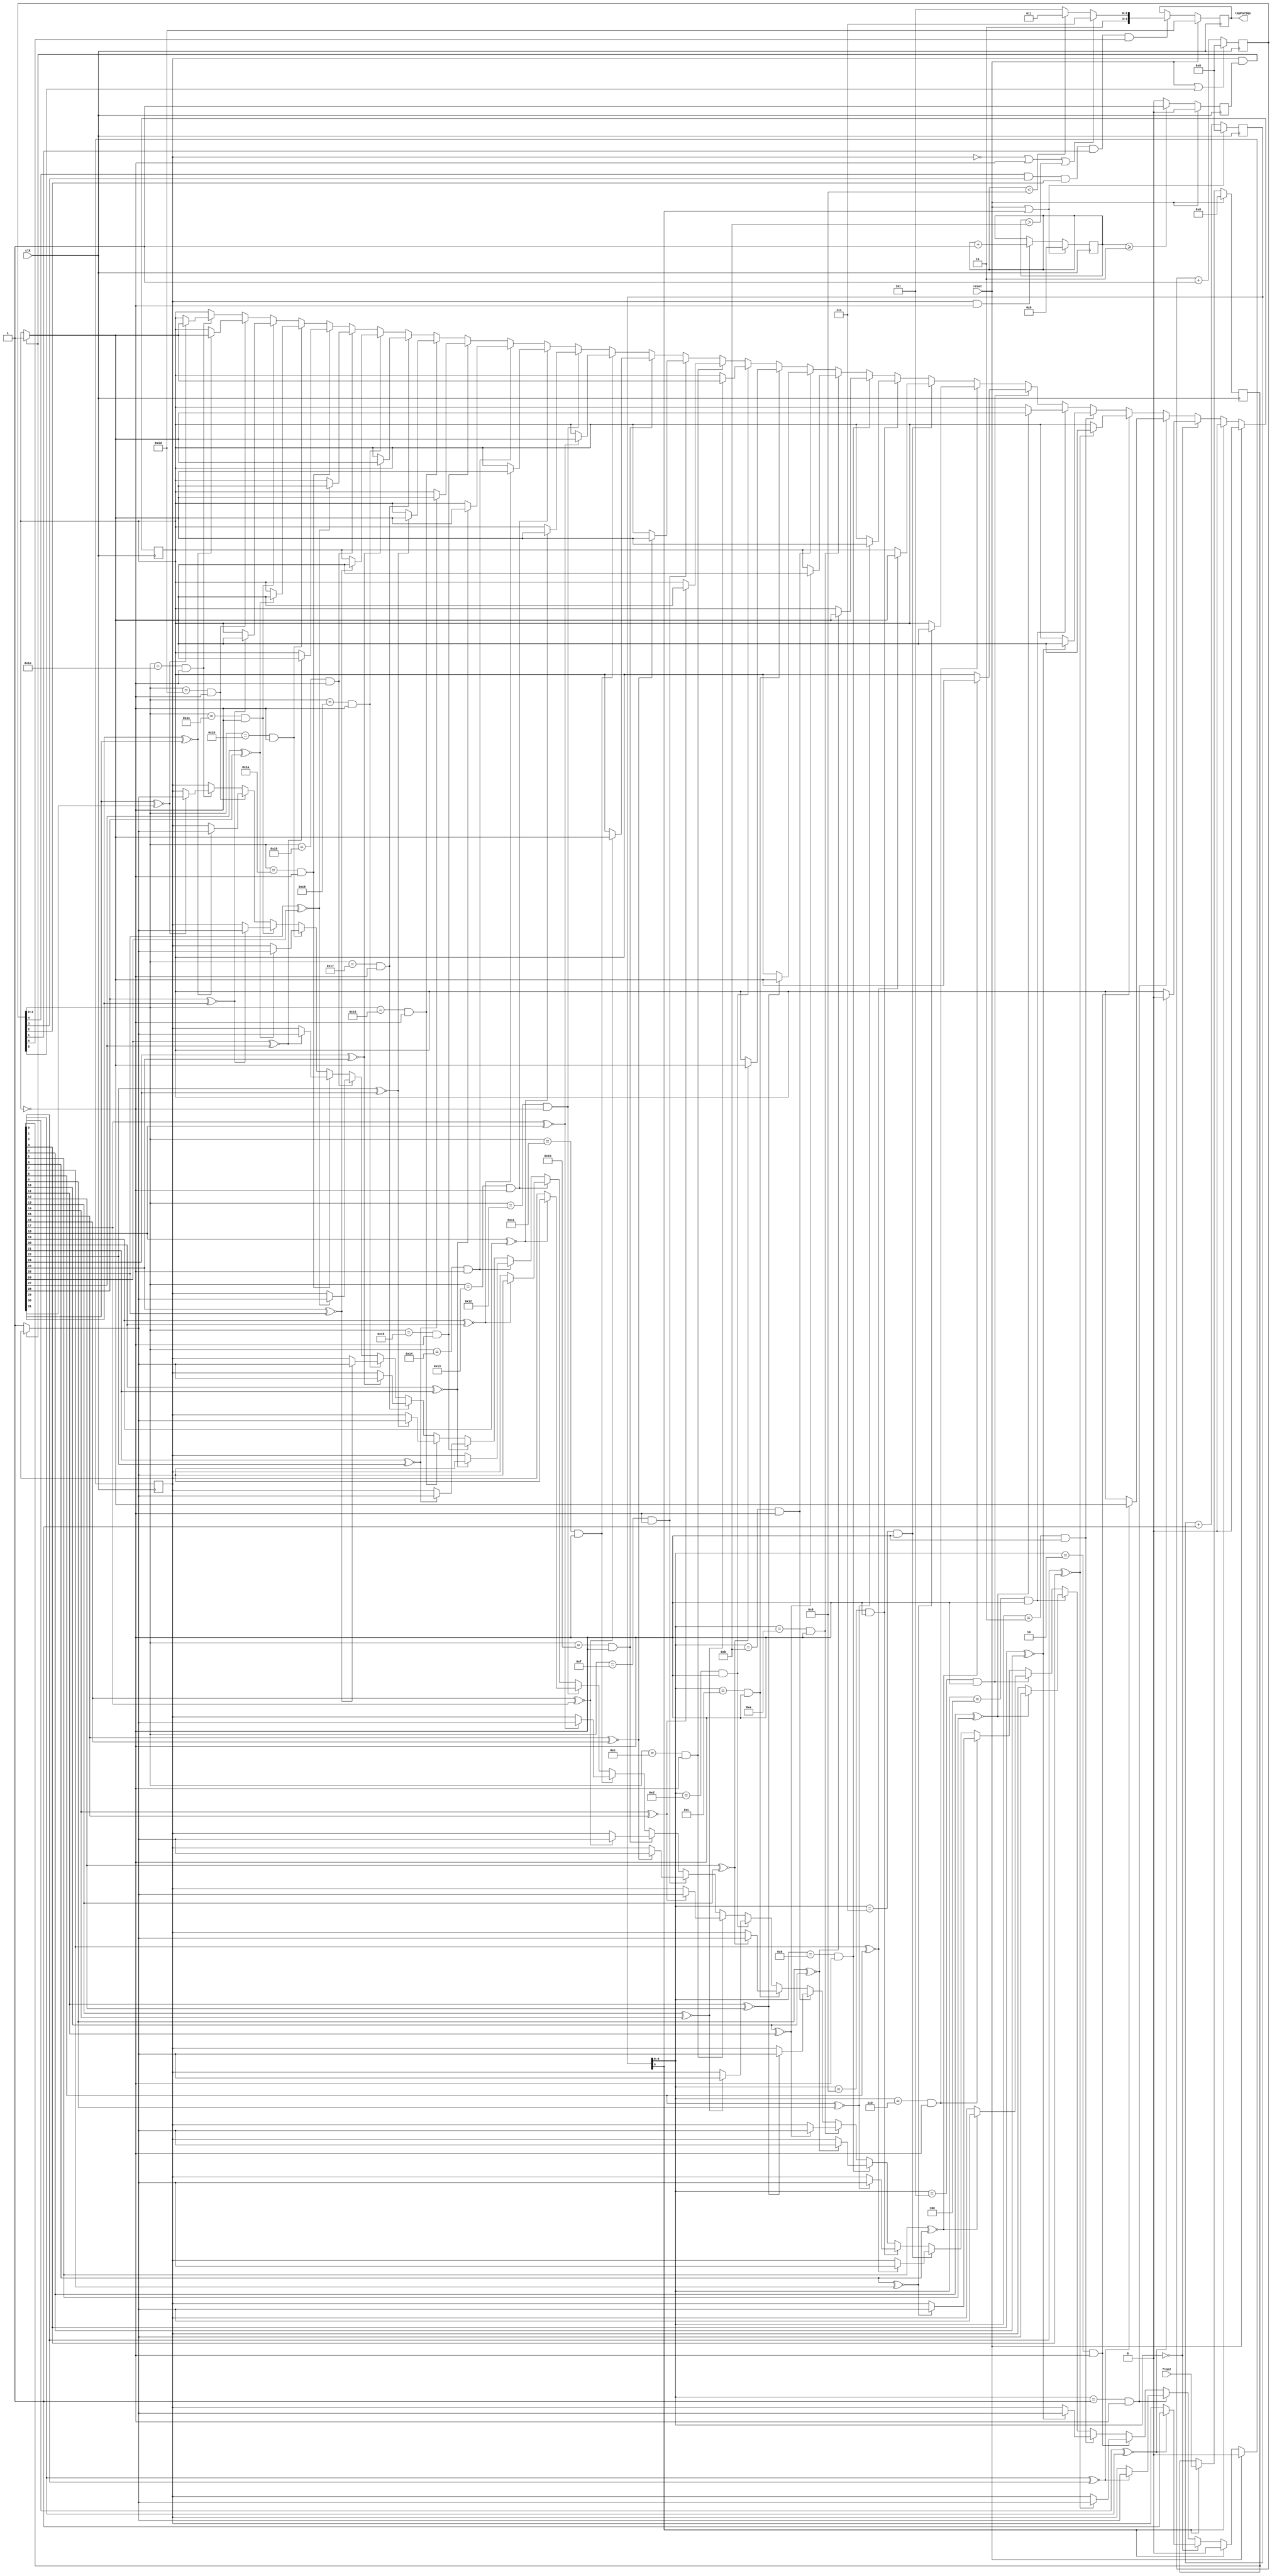
`resetall
`timescale 1ns/10ps
  
`define tap1 5'b01111
`define tap2 5'b10111
`define tap3 5'b11011
`define tap4 5'b11101
`define tap5 5'b11110
`define tap6 5'b11111

`define defaultTap `tap4
  
  module cal_ctl(flop2,clk,reset,tapForDqs);
   
   input   	     clk;
   input 	     reset;
   input [31:0]      flop2;
 
   
   output [4:0]      tapForDqs/* synthesis syn_keep=1 */;
   
   reg [5:0] 	     cnt/* synthesis syn_keep=1 */; /* synthesis syn_preserve=1 */ /* synthesis syn_noprune=1 */
   reg [5:0] 	     cnt1/* synthesis syn_keep=1 */; /* synthesis syn_preserve=1 */ /* synthesis syn_noprune=1 */

   reg 		     trans_oneDtct/* synthesis syn_keep=1 */; 
   reg 		     trans_twoDtct/* synthesis syn_keep=1 */; 
   
   reg  [4:0]	     phase_cnt/* synthesis syn_keep=1 */;		

   reg [4:0] 	     tapForDqs/* synthesis syn_keep=1 */;
   
 

   reg 	[31:0]	tap_dly_reg/* synthesis syn_keep=1 */;	

   reg          enb_trans_two_dtct/* synthesis syn_keep=1 */;
   
   
   /***************************** Changed on April 9 For Successive Transition********************/
	always @(posedge clk)	
	begin
	   if(reset)
	      enb_trans_two_dtct <= 1'b0;
 	   else if(phase_cnt >= 5'd3)	
	      enb_trans_two_dtct <= 1'b1;
	   else
	      enb_trans_two_dtct <= 1'b0;		
	end

   /************************************ Changed on April 6 ************************************/

   always @(posedge clk)
   begin
      if(reset)
	     tap_dly_reg <= 32'd0;
      else if(cnt[5] == 1'b1)
	     tap_dly_reg <= flop2;
      else
  	     tap_dly_reg <= tap_dly_reg;
   end		
   
   /******************** Free Running Counter For Counting 32 States ****************************/
   
   always @(posedge clk)
     begin
	if(reset || (cnt[5] == 1'b1)) 
	  cnt[5:0] <= 6'b0;
	else
	  cnt[5:0] <= cnt[5:0] + 1'b1;
     end

   always @(posedge clk)
     begin
	if(reset || (cnt1[5] == 1'b1)) 
	  cnt1[5:0] <= 6'b0;
	else
	  cnt1[5:0] <= cnt1[5:0] + 1'b1;
     end
   

  always @(posedge clk)
  begin
     if(reset || (cnt[5] == 1'b1))
     begin
        phase_cnt <= 5'd0;			
     end	
     else if (trans_oneDtct & (~trans_twoDtct))
        phase_cnt <= phase_cnt + 1;
     else
        phase_cnt <= phase_cnt;
  end				

   /******************** Checking For The First Transition *************************************/
   always @(posedge clk)
   begin
      if(reset)
	begin
	   trans_oneDtct <= 1'b0;
	   trans_twoDtct <= 1'b0;
	  end
	else if(cnt[5] == 1'b1) // cnt is 32
	begin
	   trans_oneDtct <= 1'b0;
	   trans_twoDtct <= 1'b0;
      end
	else if (cnt[4:0] == 5'd0) 
      begin
         if ((tap_dly_reg[0] ~^ tap_dly_reg[1]))
         begin
            trans_oneDtct <= 1'b1;
	      trans_twoDtct <= 1'b0;
         end 
      end 
	else if ((cnt[4:0] == 5'd1) & (trans_twoDtct == 1'b0)) 
      begin
         if (tap_dly_reg[1] ~^ tap_dly_reg[2]) 
         begin
	      if((trans_oneDtct == 1'b1) && (enb_trans_two_dtct) ) 
            begin	
		   trans_twoDtct <= 1'b1;
	      end 
            else 
            begin
		   trans_oneDtct <= 1'b1;
	      end
         end
	   else 
         begin
            trans_oneDtct <= trans_oneDtct;    
	      trans_twoDtct <= trans_twoDtct;    
         end
      end 
      else if ((cnt[4:0] == 5'd2) & (trans_twoDtct == 1'b0) ) 
      begin
         if (tap_dly_reg[2] ~^ tap_dly_reg[3]) 
         begin
	      if((trans_oneDtct == 1'b1) && (enb_trans_two_dtct) ) 
            begin	
		   trans_twoDtct <= 1'b1;
	      end 
            else 
            begin
		   trans_oneDtct <= 1'b1;
	      end
         end 
         else 
         begin                 
            trans_oneDtct <= trans_oneDtct;    
	      trans_twoDtct <= trans_twoDtct;    
         end
      end 
	else if ((cnt[4:0] == 5'd3) & (trans_twoDtct == 1'b0)) 
	begin
         if (tap_dly_reg[3] ~^ tap_dly_reg[4]) 
	   begin
	      if((trans_oneDtct == 1'b1) && (enb_trans_two_dtct) )
		begin	
		   trans_twoDtct <= 1'b1;
		end
		else
		begin
		   trans_oneDtct <= 1'b1;
		end
         end 
	   else 
	   begin
            trans_oneDtct <= trans_oneDtct;    
		trans_twoDtct <= trans_twoDtct;    
         end
      end 
	else if ((cnt[4:0] == 5'd4) & (trans_twoDtct == 1'b0))
	begin
         if (tap_dly_reg[4] ~^ tap_dly_reg[5]) 
	   begin
	      if((trans_oneDtct == 1'b1) && (enb_trans_two_dtct) )
		begin	
		   trans_twoDtct <= 1'b1;
	      end
	      else
		begin
		   trans_oneDtct <= 1'b1;
	      end
         end 
	   else 
	   begin
            trans_oneDtct <= trans_oneDtct;    
		trans_twoDtct <= trans_twoDtct;    
         end
      end 	
	else if ((cnt[4:0] == 5'd5) & (trans_twoDtct == 1'b0)) 
	begin
         if (tap_dly_reg[5] ~^ tap_dly_reg[6]) 
	   begin
	      if((trans_oneDtct == 1'b1) && (enb_trans_two_dtct) )
		begin	
               trans_twoDtct <= 1'b1;
		end
		else
		begin		     
		   trans_oneDtct <= 1'b1;
		end
         end 
	   else 
	   begin
            trans_oneDtct <= trans_oneDtct;    
	      trans_twoDtct <= trans_twoDtct;    
         end
      end 	
	else if ((cnt[4:0] == 5'd6) & (trans_twoDtct == 1'b0)) 
	begin
         if (tap_dly_reg[6] ~^ tap_dly_reg[7]) 
	   begin
	      if((trans_oneDtct == 1'b1) && (enb_trans_two_dtct) )
		begin
               trans_twoDtct <= 1'b1;
  	      end
            else
		begin
	         trans_oneDtct <= 1'b1;
	      end
         end 
	   else 
	   begin               
            trans_oneDtct <= trans_oneDtct;    
	      trans_twoDtct <= trans_twoDtct;    
         end
      end 
	else if ((cnt[4:0] == 5'd7) & (trans_twoDtct == 1'b0)) 
	begin
         if (tap_dly_reg[7] ~^ tap_dly_reg[8]) 
	   begin
	      if((trans_oneDtct == 1'b1) && (enb_trans_two_dtct) )
		begin		    
               trans_twoDtct <= 1'b1;
		end
		else
		begin		      
		   trans_oneDtct <= 1'b1;
	      end
         end 
	   else 
	   begin                 
            trans_oneDtct <= trans_oneDtct;    
		trans_twoDtct <= trans_twoDtct;    
         end
      end 
	else if ((cnt[4:0] == 5'd8) & (trans_twoDtct == 1'b0)) 
	begin
         if (tap_dly_reg[8] ~^ tap_dly_reg[9]) 
	   begin
	      if((trans_oneDtct == 1'b1) && (enb_trans_two_dtct) )
		begin		     
               trans_twoDtct <= 1'b1;
		end
		else
		begin		     
		   trans_oneDtct <= 1'b1;
	      end
         end 
         else 
	   begin              
            trans_oneDtct <= trans_oneDtct;    
		trans_twoDtct <= trans_twoDtct;    
         end
      end 	
	else if ((cnt[4:0] == 5'd9) & (trans_twoDtct == 1'b0)) 
	begin
         if (tap_dly_reg[9] ~^ tap_dly_reg[10]) 
	   begin
	      if((trans_oneDtct == 1'b1) && (enb_trans_two_dtct) )
		begin		     
               trans_twoDtct <= 1'b1;
		end
		else
		begin		     
		   trans_oneDtct <= 1'b1;
		end
         end 
	   else 
	   begin                 
            trans_oneDtct <= trans_oneDtct;    
		trans_twoDtct <= trans_twoDtct;    
         end
      end 
	else if ((cnt[4:0] == 5'd10) & (trans_twoDtct == 1'b0)) 
      begin
         if (tap_dly_reg[10] ~^ tap_dly_reg[11]) 
	   begin
	      if((trans_oneDtct == 1'b1) && (enb_trans_two_dtct) )
		begin		      
               trans_twoDtct <= 1'b1;
	      end
		else
		begin		      
		   trans_oneDtct <= 1'b1;
	      end
         end 
	   else 
	   begin                 
            trans_oneDtct <= trans_oneDtct;    
		trans_twoDtct <= trans_twoDtct;    
         end
      end 
	else if ((cnt[4:0] == 5'd11) & (trans_twoDtct == 1'b0))
	begin
         if (tap_dly_reg[11] ~^ tap_dly_reg[12]) 
	   begin
	      if((trans_oneDtct == 1'b1) && (enb_trans_two_dtct) )
		begin			      
               trans_twoDtct <= 1'b1;
		end
		else
		begin		      
		   trans_oneDtct <= 1'b1;
		end
         end 
	   else 
	   begin                  
            trans_oneDtct <= trans_oneDtct;    
		trans_twoDtct <= trans_twoDtct;    
         end
      end 
	else if ((cnt[4:0] == 5'd12) & (trans_twoDtct == 1'b0)) 
	begin
         if (tap_dly_reg[12] ~^ tap_dly_reg[13]) 
	   begin
	      if((trans_oneDtct == 1'b1) && (enb_trans_two_dtct) )
		begin			      
               trans_twoDtct <= 1'b1;
		end
		else
		begin		     
		   trans_oneDtct <= 1'b1;
	      end
         end 
	   else 
	   begin                  
            trans_oneDtct <= trans_oneDtct;    
	      trans_twoDtct <= trans_twoDtct;    
         end
      end 
	else if ((cnt[4:0] == 5'd13) & (trans_twoDtct == 1'b0)) 
	begin
         if (tap_dly_reg[13] ~^ tap_dly_reg[14]) 
	   begin
	      if((trans_oneDtct == 1'b1) && (enb_trans_two_dtct) )
		begin		      
               trans_twoDtct <= 1'b1;
		end
		else
		begin		      
		   trans_oneDtct <= 1'b1;
		end
         end 
	   else 
	   begin                  
            trans_oneDtct <= trans_oneDtct;    
		trans_twoDtct <= trans_twoDtct;    
         end
      end 
	else if ((cnt1[4:0] == 5'd14) & (trans_twoDtct == 1'b0))
	begin
         if (tap_dly_reg[14] ~^ tap_dly_reg[15]) 
	   begin
	      if((trans_oneDtct == 1'b1) && (enb_trans_two_dtct) )
		begin			      
               trans_twoDtct <= 1'b1;
	      end
		else
		begin		      
		   trans_oneDtct <= 1'b1;
	      end
         end 
	   else 
	   begin                
            trans_oneDtct <= trans_oneDtct;    
		trans_twoDtct <= trans_twoDtct;    
         end
      end 
	else if ((cnt1[4:0] == 5'd15) & (trans_twoDtct == 1'b0)) 
	begin
         if (tap_dly_reg[15] ~^ tap_dly_reg[16]) 
	   begin
	      if((trans_oneDtct == 1'b1) && (enb_trans_two_dtct) )
		begin			    
               trans_twoDtct <= 1'b1;
		end
		else
		begin	    
		   trans_oneDtct <= 1'b1;
		end
         end 
         else 
	   begin                
            trans_oneDtct <= trans_oneDtct;    
		trans_twoDtct <= trans_twoDtct;    
         end
      end 
	else if ((cnt1[4:0] == 5'd16) & (trans_twoDtct == 1'b0)) 
	begin
         if (tap_dly_reg[16] ~^ tap_dly_reg[17]) 
	   begin
	      if((trans_oneDtct == 1'b1) && (enb_trans_two_dtct) )
		begin			    
               trans_twoDtct <= 1'b1;
	      end
	      else
		begin		  
		   trans_oneDtct <= 1'b1;
		end
         end 
	   else 
	   begin                
            trans_oneDtct <= trans_oneDtct;    
	      trans_twoDtct <= trans_twoDtct;    
         end
      end 
	else if ((cnt1[4:0] == 5'd17) & (trans_twoDtct == 1'b0)) 
	begin
         if (tap_dly_reg[17] ~^ tap_dly_reg[18]) 
	   begin
	      if((trans_oneDtct == 1'b1) && (enb_trans_two_dtct) )
		begin			    
               trans_twoDtct <= 1'b1;
		end
		else
		begin		    
		   trans_oneDtct <= 1'b1;
		end
         end 
	   else 
	   begin                
            trans_oneDtct <= trans_oneDtct;    
		trans_twoDtct <= trans_twoDtct;    
         end
      end 
	else if ((cnt1[4:0] == 5'd18) & (trans_twoDtct == 1'b0)) 
	begin
         if (tap_dly_reg[18] ~^ tap_dly_reg[19]) 
	   begin
	      if((trans_oneDtct == 1'b1) && (enb_trans_two_dtct) )
		begin		    
               trans_twoDtct <= 1'b1;
	      end
		else
		begin
		   trans_oneDtct <= 1'b1;
	      end
         end 
	   else 
	   begin                
            trans_oneDtct <= trans_oneDtct;    
		trans_twoDtct <= trans_twoDtct;    
         end
      end 
	else if ((cnt1[4:0] == 5'd19) & (trans_twoDtct == 1'b0)) 
	begin
         if (tap_dly_reg[19] ~^ tap_dly_reg[20]) 
	   begin
	      if((trans_oneDtct == 1'b1) && (enb_trans_two_dtct) )
		begin		  
               trans_twoDtct <= 1'b1;
	      end
	      else
		begin		  
		   trans_oneDtct <= 1'b1;
		end
         end 
	   else 
	   begin               
            trans_oneDtct <= trans_oneDtct;    
		trans_twoDtct <= trans_twoDtct;    
         end
      end 
	else if ((cnt1[4:0] == 5'd20) & (trans_twoDtct == 1'b0)) 
      begin
         if (tap_dly_reg[20] ~^ tap_dly_reg[21]) 
	   begin
	      if((trans_oneDtct == 1'b1) && (enb_trans_two_dtct) )
	      begin		 
               trans_twoDtct <= 1'b1;
		end
		else
		begin		 
		   trans_oneDtct <= 1'b1;
		end
         end 
	   else 
	   begin             
            trans_oneDtct <= trans_oneDtct;    
		trans_twoDtct <= trans_twoDtct;    
         end
      end 
	else if ((cnt1[4:0] == 5'd21) & (trans_twoDtct == 1'b0)) 
	begin
         if (tap_dly_reg[21] ~^ tap_dly_reg[22]) 
	   begin
            if((trans_oneDtct == 1'b1) && (enb_trans_two_dtct) )
		begin		 
               trans_twoDtct <= 1'b1;
		end
		else
		begin		 
		   trans_oneDtct <= 1'b1;
	      end
         end 
	   else 
	   begin             
            trans_oneDtct <= trans_oneDtct;    
	      trans_twoDtct <= trans_twoDtct;    
         end
      end 
	else if ((cnt1[4:0] == 5'd22) & (trans_twoDtct == 1'b0)) 
	begin
         if (tap_dly_reg[22] ~^ tap_dly_reg[23]) 
	   begin
	      if((trans_oneDtct == 1'b1) && (enb_trans_two_dtct) )
		begin			 
               trans_twoDtct <= 1'b1;
		end
		else
		begin		 
		   trans_oneDtct <= 1'b1;
	      end
         end 
	   else 
	   begin             
            trans_oneDtct <= trans_oneDtct;    
		trans_twoDtct <= trans_twoDtct;    
         end
      end 
	else if ((cnt1[4:0] == 5'd23) & (trans_twoDtct == 1'b0)) 
	begin
         if (tap_dly_reg[23] ~^ tap_dly_reg[24]) 
	   begin
	      if((trans_oneDtct == 1'b1) && (enb_trans_two_dtct) )
		begin			
               trans_twoDtct <= 1'b1;
		end
	      else
		begin
		   trans_oneDtct <= 1'b1;
		end
         end 
	   else 
	   begin
            trans_oneDtct <= trans_oneDtct;    
		trans_twoDtct <= trans_twoDtct;    
         end
      end 
      else if ((cnt1[4:0] == 5'd24) & (trans_twoDtct == 1'b0)) 
	begin
         if (tap_dly_reg[24] ~^ tap_dly_reg[25]) 
	   begin
	      if((trans_oneDtct == 1'b1) && (enb_trans_two_dtct) )
		begin			
               trans_twoDtct <= 1'b1;
	      end
		else
		begin		 
		   trans_oneDtct <= 1'b1;
		end
         end 
	   else 
	   begin             
            trans_oneDtct <= trans_oneDtct;    
	      trans_twoDtct <= trans_twoDtct;    
         end
      end 
	else if ((cnt1[4:0] == 5'd25) & (trans_twoDtct == 1'b0))
	begin
         if (tap_dly_reg[25] ~^ tap_dly_reg[26]) 
	   begin
	      if((trans_oneDtct == 1'b1) && (enb_trans_two_dtct) )
		begin			 
               trans_twoDtct <= 1'b1;
	      end
	      else
	      begin		 
               trans_oneDtct <= 1'b1;
	      end
         end 
	   else 
	   begin            
            trans_oneDtct <= trans_oneDtct;    
	      trans_twoDtct <= trans_twoDtct;    
         end
      end 
      else if ((cnt1[4:0] == 5'd26) & (trans_twoDtct == 1'b0)) 
      begin
         if (tap_dly_reg[26] ~^ tap_dly_reg[27]) 
         begin
            if((trans_oneDtct == 1'b1) && (enb_trans_two_dtct) )
	      begin	 
               trans_twoDtct <= 1'b1;
	      end
	      else
	      begin		 
	         trans_oneDtct <= 1'b1;
	      end
         end 
         else 
         begin             
            trans_oneDtct <= trans_oneDtct;    
	      trans_twoDtct <= trans_twoDtct; 
         end
      end 
	else if ((cnt1[4:0] == 5'd27) & (trans_twoDtct == 1'b0)) 
	begin
         if (tap_dly_reg[27] ~^ tap_dly_reg[28]) 
	   begin
	      if((trans_oneDtct == 1'b1) && (enb_trans_two_dtct) )
		begin		 
               trans_twoDtct <= 1'b1;
		end
		else
		begin		 
		   trans_oneDtct <= 1'b1;
		end
         end 
	   else 
	   begin            
            trans_oneDtct <= trans_oneDtct;    
		trans_twoDtct <= trans_twoDtct;    
         end
      end 	
	else if ((cnt1[4:0] == 5'd28) & (trans_twoDtct == 1'b0)) 
	begin
         if (tap_dly_reg[28] ~^ tap_dly_reg[29]) 
	   begin
	      if((trans_oneDtct == 1'b1) && (enb_trans_two_dtct) )
		begin		 
               trans_twoDtct <= 1'b1;
		end
		else
		begin		 
		   trans_oneDtct <= 1'b1;
		end
         end 
	   else 
	   begin             
            trans_oneDtct <= trans_oneDtct;    
		trans_twoDtct <= trans_twoDtct;    
         end
      end 
	else if ((cnt1[4:0] == 5'd29) & (trans_twoDtct == 1'b0))
	begin
	   if (tap_dly_reg[29] ~^ tap_dly_reg[30]) 
	   begin
	      if((trans_oneDtct == 1'b1) && (enb_trans_two_dtct) )
		begin		
               trans_twoDtct <= 1'b1;
		end
		else
		begin		 
		   trans_oneDtct <= 1'b1;
	      end
         end 
	   else 
	   begin          
            trans_oneDtct <= trans_oneDtct;    
		trans_twoDtct <= trans_twoDtct;    
         end
      end 
	else if ((cnt1[4:0] == 5'd30) & (trans_twoDtct == 1'b0)) 
	begin
         if (tap_dly_reg[30] ~^ tap_dly_reg[31]) 
	   begin
	      if((trans_oneDtct == 1'b1) && (enb_trans_two_dtct))
		begin		
               trans_twoDtct <= 1'b1;
	      end
	      else
		begin		
		   trans_oneDtct <= 1'b1;
	      end
         end 
	   else 
	   begin
            trans_oneDtct <= trans_oneDtct;    
	      trans_twoDtct <= trans_twoDtct;    
         end
      end 
	else
	begin
         trans_oneDtct <= trans_oneDtct;    				
	  trans_twoDtct <= trans_twoDtct;    				
	end
   end
   
always @(posedge clk)
begin
   if(reset)
      tapForDqs <= `defaultTap;
   else if(cnt1[4] && cnt1[3] && cnt1[2] && cnt1[1] && cnt1[0])	
   begin
      if((trans_oneDtct == 1'b0) || (trans_twoDtct == 1'b0) || (phase_cnt > 5'b01011))
         tapForDqs <= `tap6;
	  else if((phase_cnt < 5'b01000)) 
		 tapForDqs <= `tap3;
	  else if((phase_cnt < 5'b01010)) 
		 tapForDqs <= `tap4;
	  else
		 tapForDqs <= `tap4;
   end
   else
      tapForDqs <= tapForDqs;
end		


endmodule